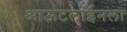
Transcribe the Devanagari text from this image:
आऊटलाईनला